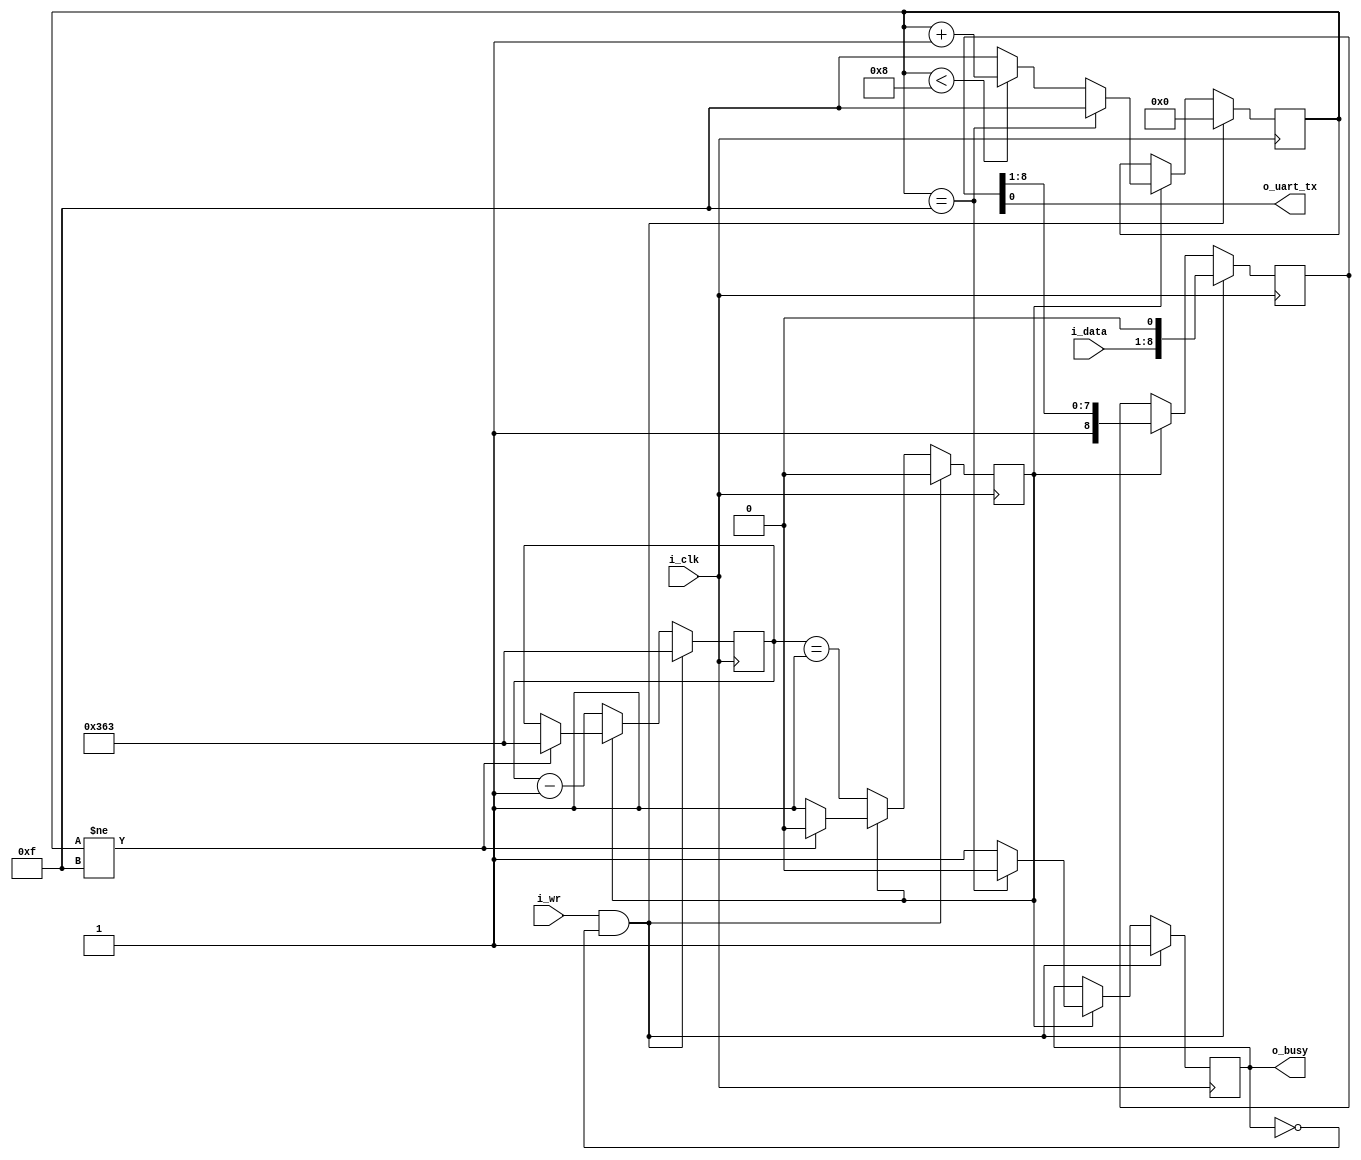
////////////////////////////////////////////////////////////////////////////////
//
//
// Project:	Verilog Tutorial Example file
//
// Purpose:	Transmit outputs over a single UART line.  This particular UART
//		implementation has been extremely simplified: it does not handle
//	generating break conditions, nor does it handle anything other than the
//	8N1 (8 data bits, no parity, 1 stop bit) UART sub-protocol.
//
//	To interface with this module, connect it to your system clock, and
//	pass it the byte of data you wish to transmit.  Strobe the i_wr line
//	high for one cycle, and your data will be off.  Wait until the 'o_busy'
//	line is low before strobing the i_wr line again--this implementation
//	has NO BUFFER, so strobing i_wr while the core is busy will just
//	get ignored.  The output will be placed on the o_txuart output line.
//
//	There are known deficiencies in the formal proof found within this
//	module.  These have been left behind for you (the student) to fix.
//
// Creator:	Dan Gisselquist, Ph.D.
//		Gisselquist Technology, LLC
//
////////////////////////////////////////////////////////////////////////////////
//
// Written and distributed by Gisselquist Technology, LLC
//
// This program is hereby granted to the public domain.
//
// This program is distributed in the hope that it will be useful, but WITHOUT
// ANY WARRANTY; without even the implied warranty of MERCHANTIBILITY or
// FITNESS FOR A PARTICULAR PURPOSE.
//
////////////////////////////////////////////////////////////////////////////////
//
//
`default_nettype	none
//
//
//
module txuart(i_clk, i_wr, i_data, o_uart_tx, o_busy);
	parameter	[23:0]	CLOCKS_PER_BAUD = 24'd868;
	input	wire		i_clk;
	input	wire		i_wr;
	input	wire	[7:0]	i_data;
	// And the UART output line itself
	output	wire		o_uart_tx;
	// A line to tell others when we are ready to accept data.  If
	// (i_wr)&&(!o_busy) is ever true, then the core has accepted a byte
	// for transmission.
	output	reg		o_busy;

	// Define several states
	localparam [3:0] START	= 4'h0,
		BIT_ZERO	= 4'h1,
		BIT_ONE		= 4'h2,
		BIT_TWO		= 4'h3,
		BIT_THREE	= 4'h4,
		BIT_FOUR	= 4'h5,
		BIT_FIVE	= 4'h6,
		BIT_SIX		= 4'h7,
		BIT_SEVEN	= 4'h8,
		LAST		= 4'h8,
		IDLE		= 4'hf;

	reg	[23:0]	counter;
	reg	[3:0]	state;
	reg	[8:0]	lcl_data;
	reg		baud_stb;

	// o_busy
	//
	// This is a register, designed to be true is we are ever busy above.
	// originally, this was going to be true if we were ever not in the
	// idle state.  The logic has since become more complex, hence we have
	// a register dedicated to this and just copy out that registers value.

	initial	o_busy = 1'b0;
	initial	state  = IDLE;
	always @(posedge i_clk)
	if ((i_wr)&&(!o_busy))
		// Immediately start us off with a start bit
		{ o_busy, state } <= { 1'b1, START };
	else if (baud_stb)
	begin
		if (state == IDLE) // Stay in IDLE
			{ o_busy, state } <= { 1'b0, IDLE };
		else if (state < LAST) begin
			o_busy <= 1'b1;
			state <= state + 1'b1;
		end else // Wait for IDLE
			{ o_busy, state } <= { 1'b1, IDLE };
	end



	// lcl_data
	//
	// This is our working copy of the i_data register which we use
	// when transmitting.  It is only of interest during transmit, and is
	// allowed to be whatever at any other time.  Hence, if o_busy isn't
	// true, we can always set it.  On the one clock where o_busy isn't
	// true and i_wr is, we set it and o_busy is true thereafter.
	// Then, on any baud_stb (i.e. change between baud intervals)
	// we simple logically shift the register right to grab the next bit.
	initial	lcl_data = 9'h1ff;
	always @(posedge i_clk)
	if ((i_wr)&&(!o_busy))
		lcl_data <= { i_data, 1'b0 };
	else if (baud_stb)
		lcl_data <= { 1'b1, lcl_data[8:1] };

	// o_uart_tx
	//
	// This is the final result/output desired of this core.  It's all
	// centered about o_uart_tx.  This is what finally needs to follow
	// the UART protocol.
	//
	assign	o_uart_tx = lcl_data[0];


	// All of the above logic is driven by the baud counter.  Bits must last
	// CLOCKS_PER_BAUD in length, and this baud counter is what we use to
	// make certain of that.
	//
	// The basic logic is this: at the beginning of a bit interval, start
	// the baud counter and set it to count CLOCKS_PER_BAUD.  When it gets
	// to zero, restart it.
	//
	// However, comparing a 28'bit number to zero can be rather complex--
	// especially if we wish to do anything else on that same clock.  For
	// that reason, we create "baud_stb".  baud_stb is
	// nothing more than a flag that is true anytime baud_counter is zero.
	// It's true when the logic (above) needs to step to the next bit.
	// Simple enough?
	//
	// I wish we could stop there, but there are some other (ugly)
	// conditions to deal with that offer exceptions to this basic logic.
	//
	// 1. When the user has commanded a BREAK across the line, we need to
	// wait several baud intervals following the break before we start
	// transmitting, to give any receiver a chance to recognize that we are
	// out of the break condition, and to know that the next bit will be
	// a stop bit.
	//
	// 2. A reset is similar to a break condition--on both we wait several
	// baud intervals before allowing a start bit.
	//
	// 3. In the idle state, we stop our counter--so that upon a request
	// to transmit when idle we can start transmitting immediately, rather
	// than waiting for the end of the next (fictitious and arbitrary) baud
	// interval.
	//
	// When (i_wr)&&(!o_busy)&&(state == IDLE) then we're not only in
	// the idle state, but we also just accepted a command to start writing
	// the next word.  At this point, the baud counter needs to be reset
	// to the number of CLOCKS_PER_BAUD, and baud_stb set to zero.
	//
	// The logic is a bit twisted here, in that it will only check for the
	// above condition when baud_stb is false--so as to make
	// certain the STOP bit is complete.
	initial	baud_stb = 1'b1;
	initial	counter = 0;
	always @(posedge i_clk)
	if ((i_wr)&&(!o_busy))
	begin
		counter  <= CLOCKS_PER_BAUD - 1'b1;
		baud_stb <= 1'b0;
	end else if (!baud_stb)
	begin
		baud_stb <= (counter == 24'h01);
		counter  <= counter - 1'b1;
	end else if (state != IDLE)
	begin
		counter <= CLOCKS_PER_BAUD - 24'h01;
		baud_stb <= 1'b0;
	end

//
//
// FORMAL METHODS
//
//
//
`ifdef	FORMAL

`ifdef	TXUART
`define	ASSUME	assume
`else
`define	ASSUME	assert
`endif

	// Setup

	reg	f_past_valid;

	initial	f_past_valid = 1'b0;
	always @(posedge i_clk)
		f_past_valid <= 1'b1;

	// Any outstanding request that was busy on the last cycle,
	// should remain busy on this cycle
	initial	`ASSUME(!i_wr);
	always @(posedge i_clk)
		if ((f_past_valid)&&($past(i_wr))&&($past(o_busy)))
		begin
			`ASSUME(i_wr   == $past(i_wr));
			`ASSUME(i_data == $past(i_data));
		end

	//////////////////////////////////
	//
	// The contract
	//
	//////////////////////////////////

	reg	[7:0]	fv_data;
	always @(posedge i_clk)
	if ((i_wr)&&(!o_busy))
		fv_data <= i_data;

	always @(posedge i_clk)
	case(state)
	IDLE:		assert(o_uart_tx == 1'b1);
	START:		assert(o_uart_tx == 1'b0);
	BIT_ZERO:	assert(o_uart_tx == fv_data[0]);
	BIT_ONE:	assert(o_uart_tx == fv_data[1]);
	BIT_TWO:	assert(o_uart_tx == fv_data[2]);
	BIT_THREE:	assert(o_uart_tx == fv_data[3]);
	BIT_FOUR:	assert(o_uart_tx == fv_data[4]);
	BIT_FIVE:	assert(o_uart_tx == fv_data[5]);
	BIT_SIX:	assert(o_uart_tx == fv_data[6]);
	BIT_SEVEN:	assert(o_uart_tx == fv_data[7]);
	default: assert(0);
	endcase

	//////////////////////////////////
	//
	// Internal state checks
	//
	//////////////////////////////////


	//
	// Check the baud counter
	//

	// The baud_stb needs to be identical to our counter being zero
	always @(posedge i_clk)
		assert(baud_stb == (counter == 0));


	always @(posedge i_clk)
	if ((f_past_valid)&&($past(counter != 0)))
		assert(counter == $past(counter - 1'b1));

	always @(posedge i_clk)
		assert(counter < CLOCKS_PER_BAUD);

	always @(posedge i_clk)
	if (!baud_stb)
		assert(o_busy);

	always @(posedge i_clk)
	if (state != IDLE)
		assert(o_busy);

	always @(posedge i_clk)
	case(state)
	IDLE:		assert(lcl_data == 9'h1ff);
	START:		assert(lcl_data == { fv_data[7:0], 1'b0 });
	BIT_ZERO:	assert(lcl_data == { 1'b1, fv_data[7:0]});
	BIT_ONE:	assert(lcl_data == { 2'h3, fv_data[7:1]});
	BIT_TWO:	assert(lcl_data == { 3'h7, fv_data[7:2]});
	BIT_THREE:	assert(lcl_data == { 4'hf, fv_data[7:3]});
	BIT_FOUR:	assert(lcl_data == { 5'h1f, fv_data[7:4]});
	BIT_FIVE:	assert(lcl_data == { 6'h3f, fv_data[7:5]});
	BIT_SIX:	assert(lcl_data == { 7'h7f, fv_data[7:6]});
	BIT_SEVEN:	assert(lcl_data == { 8'hff, fv_data[7:7]});
	default: assert(0);
	endcase

`endif	// FORMAL
endmodule